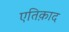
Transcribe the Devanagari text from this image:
एतिक़ाद